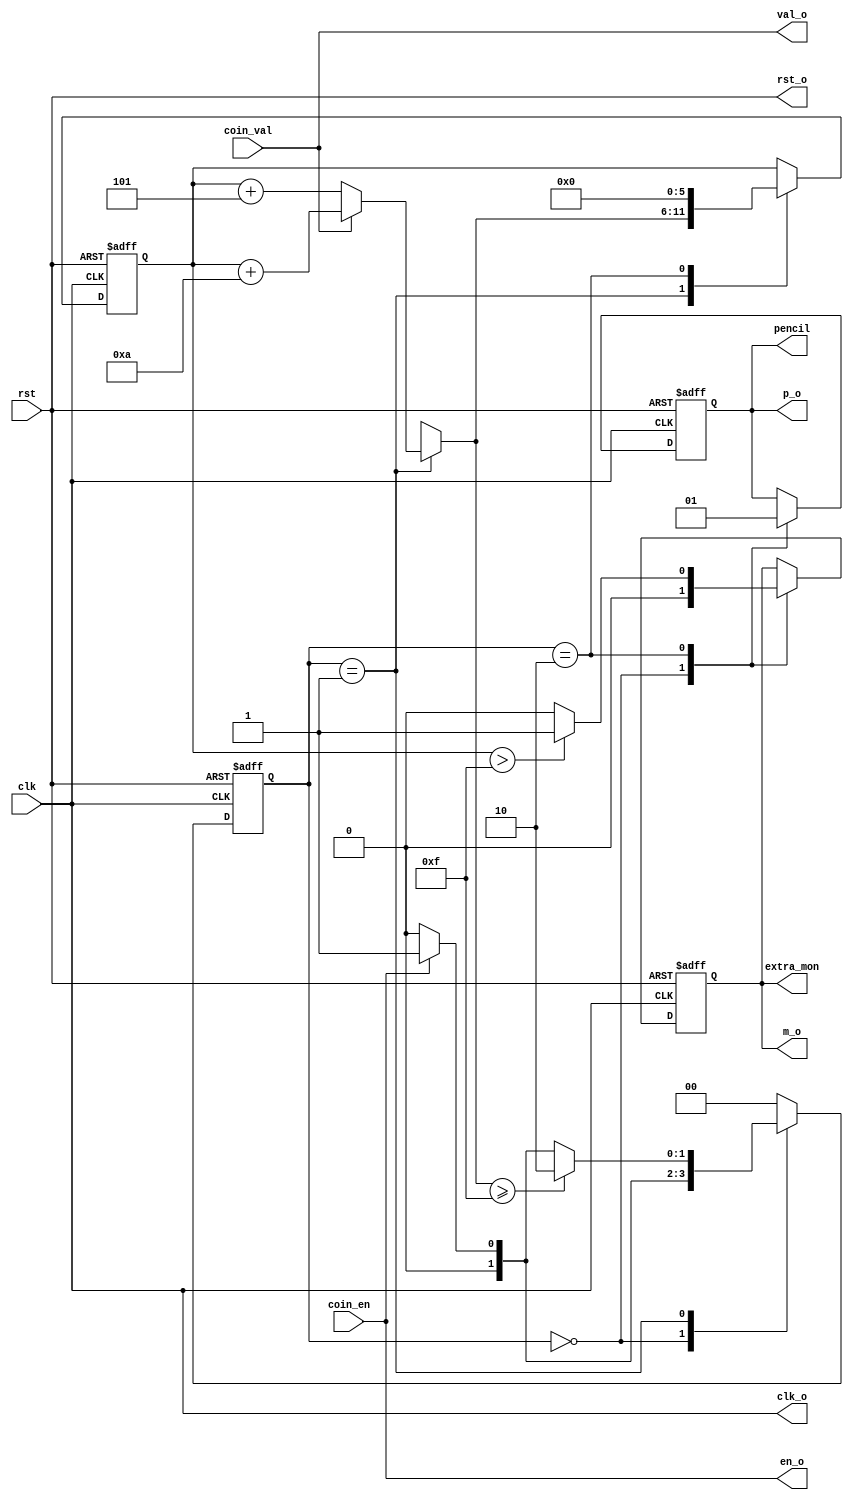
module vending (
    input clk,rst, coin_en, coin_val,
    output reg pencil,extra_mon,
    output wire clk_o, rst_o, en_o, val_o, p_o, m_o
    
);

localparam IDLE = 0;
localparam coin_in = 1;
localparam out = 2;
assign clk_o = clk;
assign rst_o = rst;
assign en_o = coin_en;
assign val_o = coin_val;
assign p_o = pencil;
assign m_o = extra_mon;

reg [1:0] state ;
//reg [1:0]state_next ;
reg [5:0] coins;
always @(posedge clk, posedge rst) begin

    if(rst) begin
        state=IDLE;
        coins = 0;
        pencil = 0;
        extra_mon = 0;
end
else begin
    
        case (state)
        IDLE: begin
            pencil = 0;
            extra_mon = 0;
            if(coin_en) state = coin_in; 
            else state = IDLE;
        end
        coin_in: begin
            if(coin_val) coins = coins + 10;
            else coins = coins +5;
            
            if(coins >= 15) state = out;
            else if(!coin_en) state = IDLE;
            else state = coin_in;
        end
        out: begin
            extra_mon = (coins > 15) ? 1 : 0;
            pencil = 1;
            coins = 0;
            state = IDLE;
        end

        default: 
            state = IDLE;
    endcase
end	 
end
/* 
always @(state, coin_en, coin_val ) begin
    case (state)
        IDLE: begin
            if(coin_en) state_next = coin_in; 
            else state_next = IDLE;
        end
        coin_in: begin
            if(coins >= 15) state_next = out;
            else if(!coin_en) state_next = IDLE;
            else state_next = coin_in;
        end
        out: begin
            state_next = IDLE;
        end

        default: 
            state_next = IDLE;
    endcase
end */
endmodule